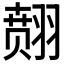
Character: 𱻞